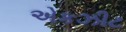
એકઝીટ